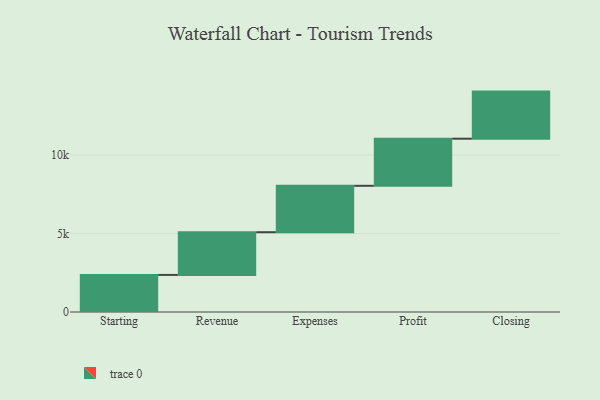
{"axis": {"x": "Step", "y": "Value"}, "legend": [""], "data": [{"x": "Starting", "y": 2362.0, "type": ""}, {"x": "Revenue", "y": 2720.0, "type": ""}, {"x": "Expenses", "y": 2956.0, "type": ""}, {"x": "Profit", "y": 3000, "type": ""}, {"x": "Closing", "y": 3000, "type": ""}]}